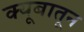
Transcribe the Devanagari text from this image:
क्यूबातून